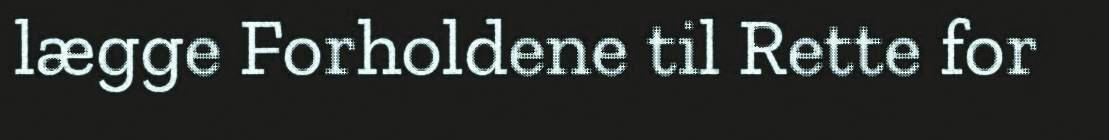
lægge Forholdene til Rette for